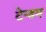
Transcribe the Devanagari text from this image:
टेन्डम